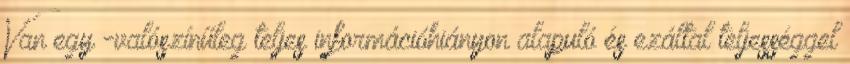
Van egy -valószínűleg teljes információhiányon alapuló és ezáltal teljességgel